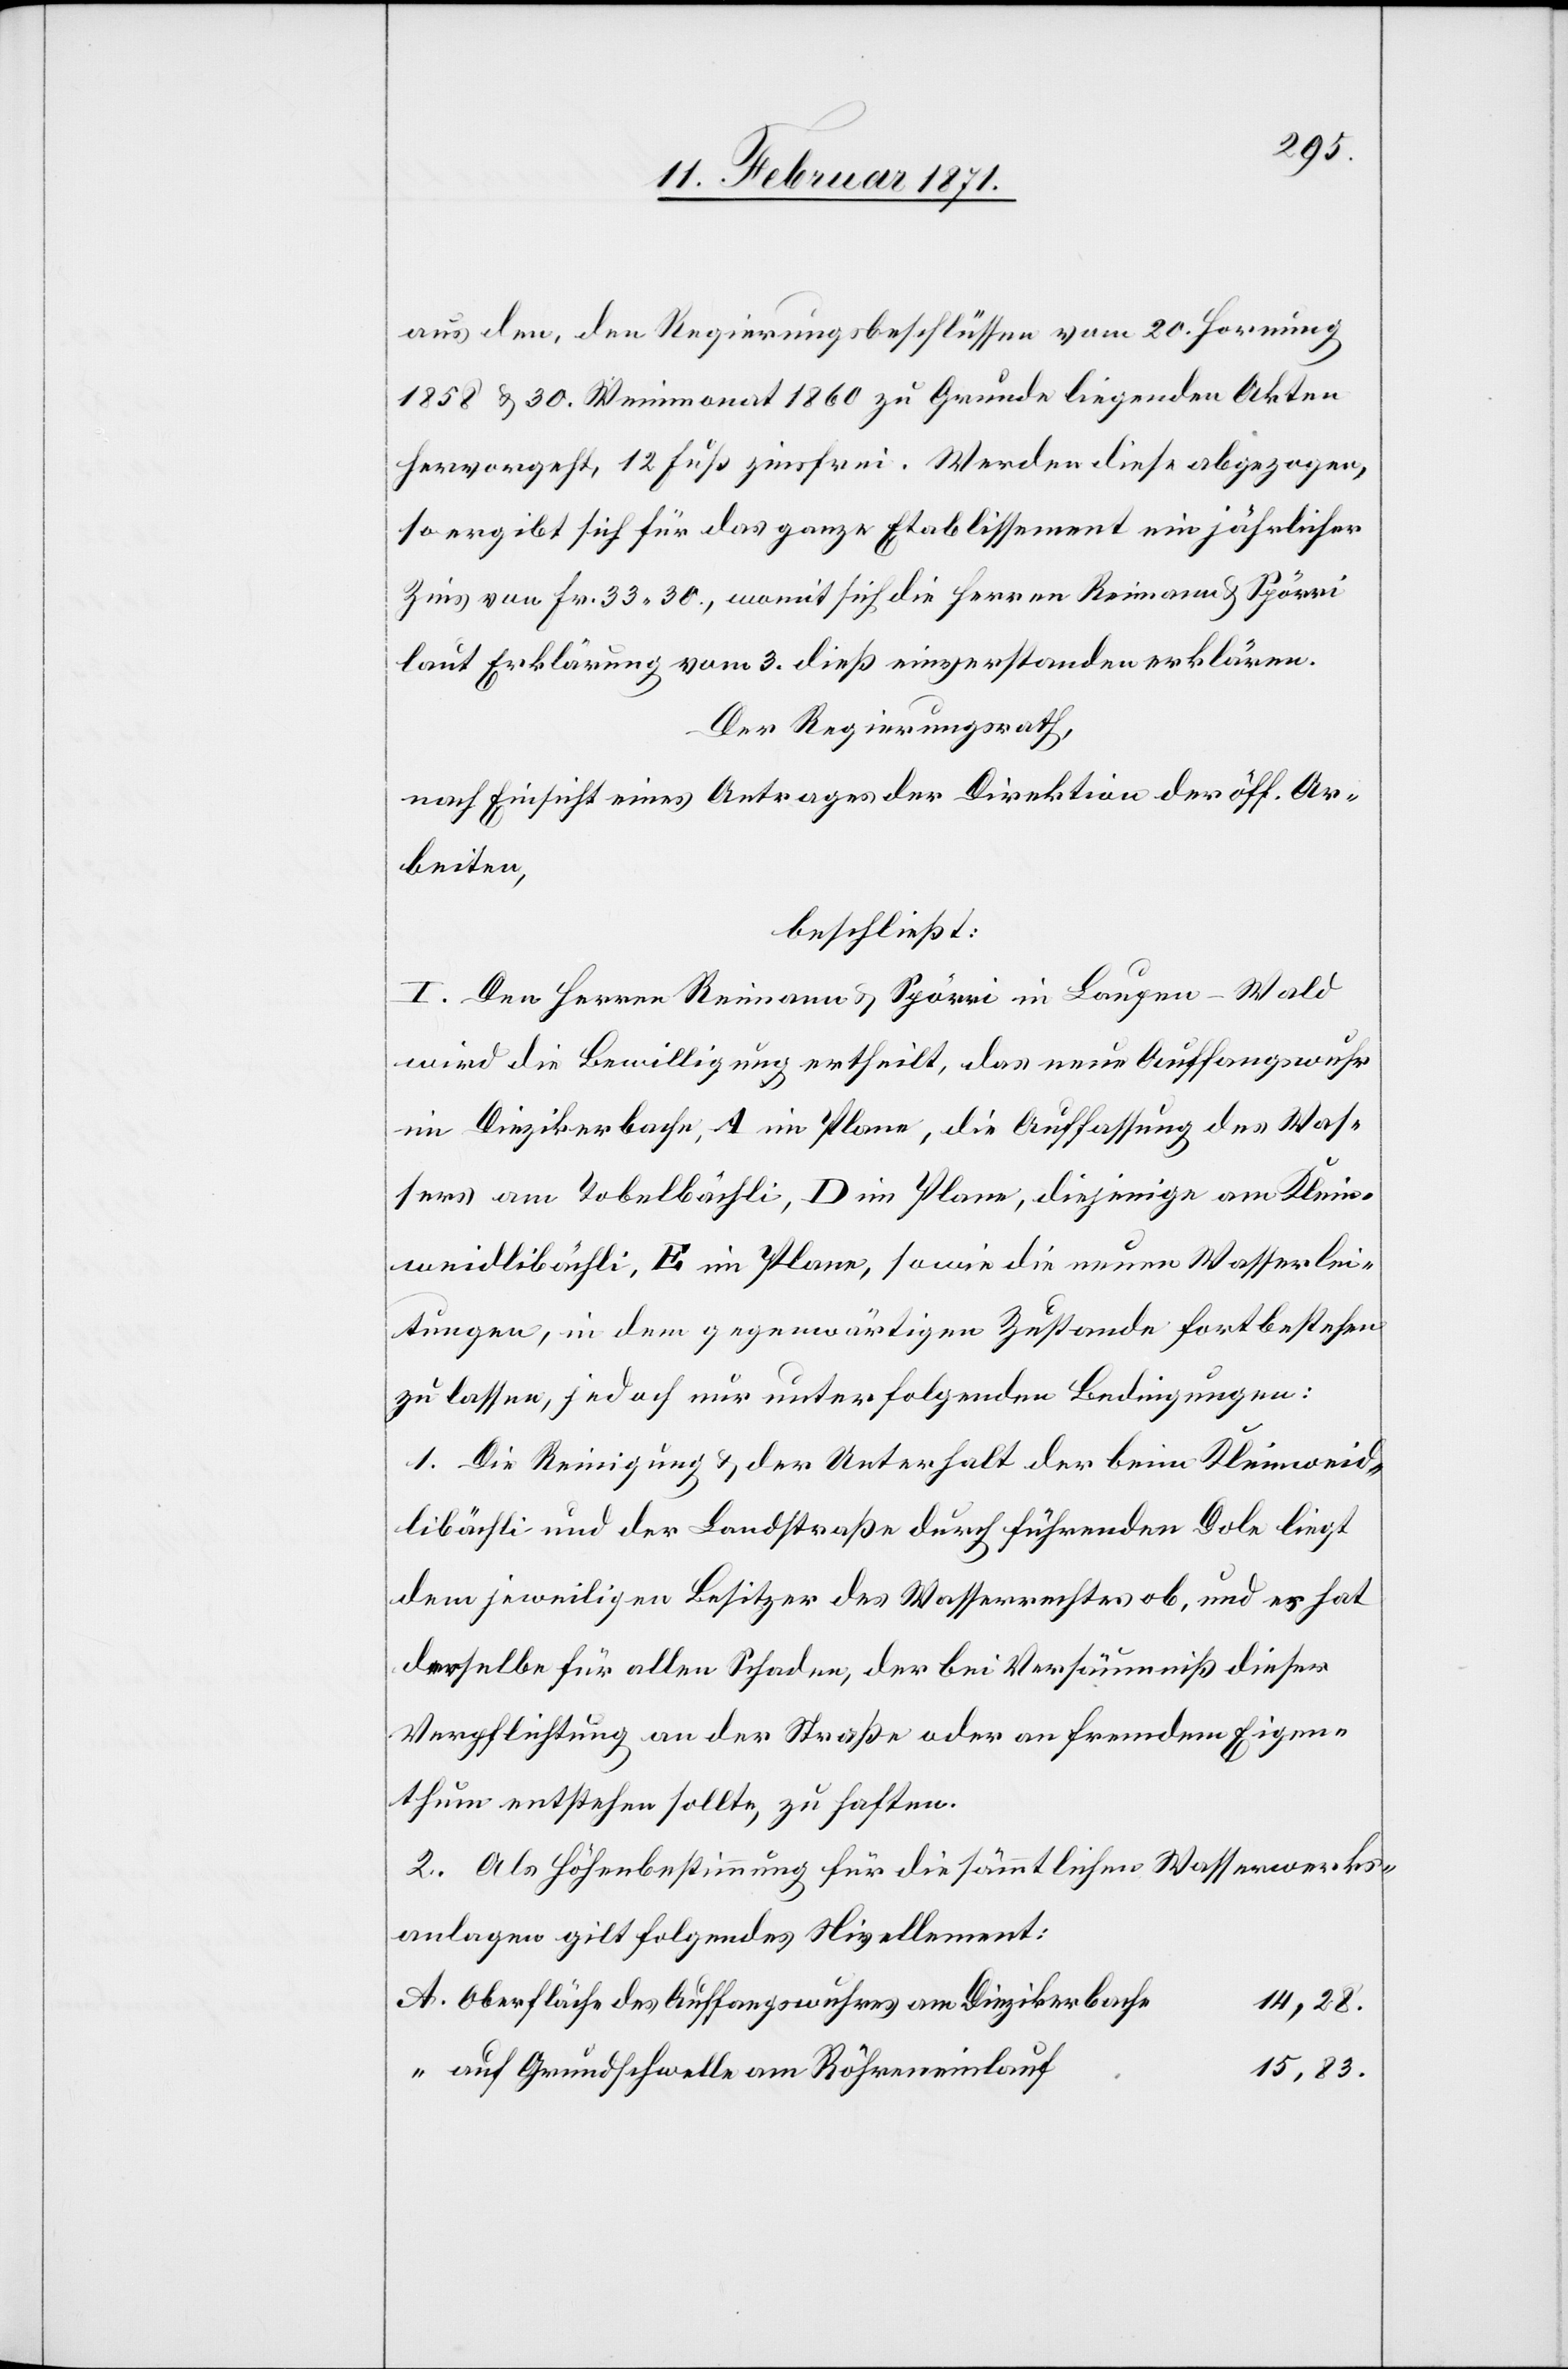
aus den, den Regierungsbeschlüssen vom 20. Hornung
1858 u. 30. Weinmonat 1860 zu Grunde liegenden Akten
hervorgeht, 12 Fuß zinsfrei. Werden diese abgezogen,
so ergibt sich für das ganze Etablissement ein jährlicher
Zins von Fr. 33 30., womit sich die Herren Reimann u. Spörri
laut Erklärung vom 3. dieß einverstanden erklären.
Der Regierungsrath,
nach Einsicht eines Antrages der Direktion der öff. Ar¬
beiten,
beschließt:
I. Den Herren Reimann u. Spörri in Laupen-Wald
wird die Bewilligung ertheilt, das neue Auffangswuhr
im Diezikerbache, A im Plane, die Auffassung des Was¬
sers am Tobelbächli, D im Plane, diejenige am Klein¬
weidlibächli, E im Plane, sowie die neuen Wasserlei¬
tungen, in dem gegenwärtigen Zustande fortbestehen
zu lassen, jedoch nur unter folgenden Bedingungen:
1. Die Reinigung u. der Unterhalt der beim Kleinweid¬
libächli und der Landstraße durch führenden Dole liegt
dem jeweiligen Besitzer des Wasserrechtes ob, und es hat
derselbe für allen Schaden, der bei Versäumniß dieser
Verpflichtung an der Straße oder an fremdem Eigen¬
thum entstehen sollte, zu haften.
2. Als Höhenbestimmung für die sämmtlichen Wasserwerks¬
anlagen gilt folgendes Nivellement:
Oberfläche des Auffangswuhres am Diezikerbache
14,28.
15.83.
auf Grundschwelle am Röhreneinlauf